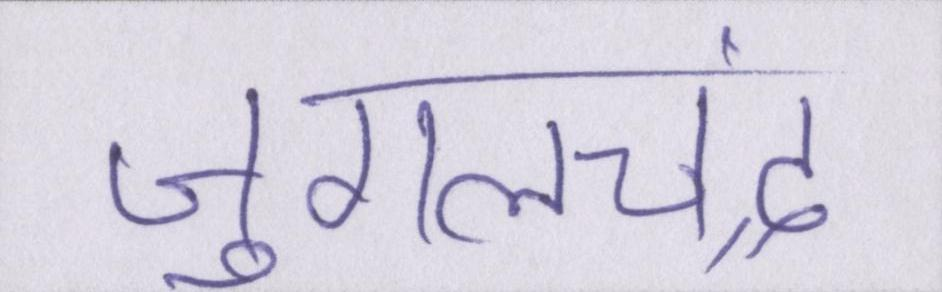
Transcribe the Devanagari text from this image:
जुगलचंद्र